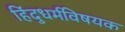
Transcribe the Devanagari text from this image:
हिंदुधर्मविषयक